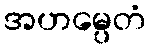
အဟမ္ပေတံ